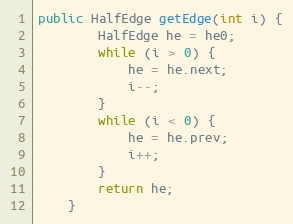
Language: Java
public HalfEdge getEdge(int i) {
        HalfEdge he = he0;
        while (i > 0) {
            he = he.next;
            i--;
        }
        while (i < 0) {
            he = he.prev;
            i++;
        }
        return he;
    }